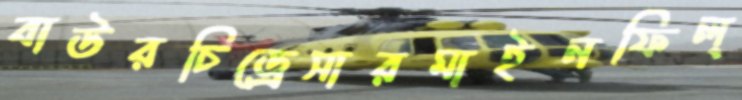
বাউরচিড্রেসারমাইনফিল্